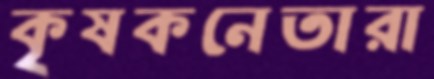
কৃষকনেতারা